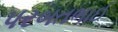
પરબતભાઈ